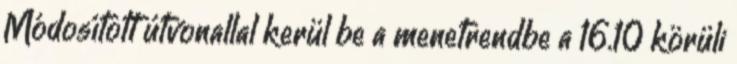
Módosított útvonallal kerül be a menetrendbe a 16.10 körüli